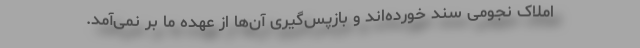
املاک نجومی سند خورده‌اند و بازپس‌گیری آن‌ها از عهده ما بر نمی‌آمد.